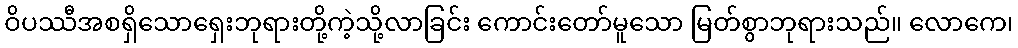
ဝိပဿီအစရှိသောရှေးဘုရားတို့ကဲ့သို့လာခြင်း ကောင်းတော်မူသော မြတ်စွာဘုရားသည်။ လောကေ၊